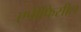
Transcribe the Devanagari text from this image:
एपीफिसील